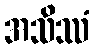
အသိဿံ